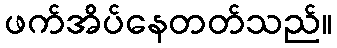
ဖက်အိပ်နေတတ်သည်။